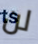
لن